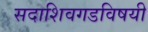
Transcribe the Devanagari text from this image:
सदाशिवगडविषयी